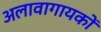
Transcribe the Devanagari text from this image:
अलावागायकों